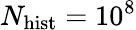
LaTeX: N_{\mathrm{hist}}=10^{8}